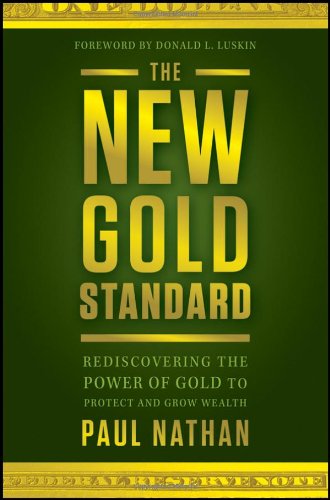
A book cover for The New Gold Standard: Rediscovering the Power of Gold to Protect and Grow Wealth; Paul Nathan; Business & Money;